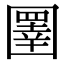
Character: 圛